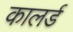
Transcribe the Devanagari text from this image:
कालर्ड